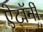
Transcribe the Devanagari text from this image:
ऐटॉर्नी